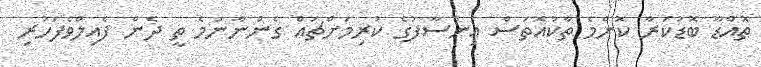
ތޮއްޑޫ ބޮޑުކަރާ ކޮންމެ ތާކުއޮތަސް އިންސާފުގެ ކުރިމަށްޗައް ގެންނާނަމެ ތީ ދެން ފެއިލްވެފަހުރި